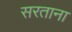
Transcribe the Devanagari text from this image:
सरताना